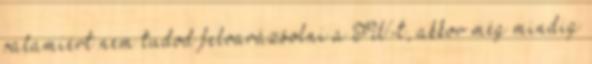
valamiért nem tudod felvarázsolni a FW-t, akkor még mindig